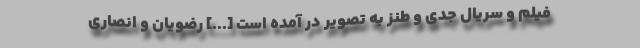
فیلم و سریال جدی و طنز به تصویر در آمده است [...] رضویان و انصاری